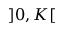
] 0 , K [